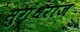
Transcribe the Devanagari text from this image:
सुगंधराज